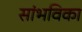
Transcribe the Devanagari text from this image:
सांभविका